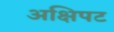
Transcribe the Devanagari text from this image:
अक्षिपट